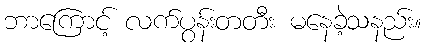
ဘာကြောင့် လက်ပွန်းတတီး မနေခဲ့သနည်း။